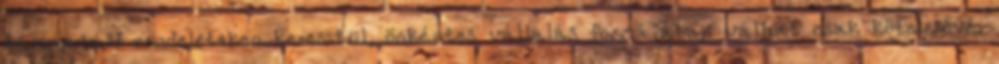
támogatási rendeleteken keresztül, önkéntes vállalás formájában válhat csak kötelezővé.